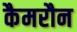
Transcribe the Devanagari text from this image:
कैमरौन